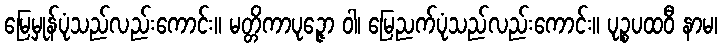
မြေမှုန်ပုံသည်လည်းကောင်း။ မတ္တိကာပုဉ္ဇော ဝါ၊ မြေညက်ပုံသည်လည်းကောင်း။ ပုဉ္စပထဝီ နာမ၊